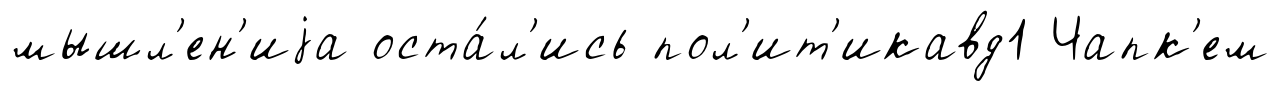
мышл'ен'иjа оста́л'ись пол'ит'икавд1 Чапк'ем